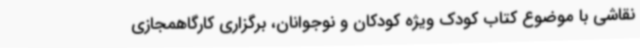
نقاشی با موضوع کتاب کودک ویژه کودکان و نوجوانان، برگزاری کارگاهمجازی